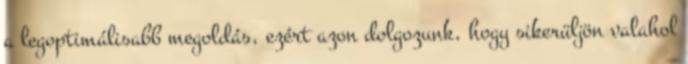
a legoptimálisabb megoldás, ezért azon dolgozunk, hogy sikerüljön valahol